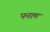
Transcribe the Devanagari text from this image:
पनाम